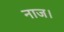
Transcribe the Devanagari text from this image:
नाज।